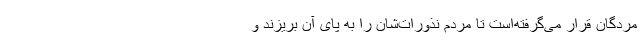
مردگان قرار می‌گرفته‌است تا مردم نذورات‌شان را به پای آن بریزند و